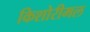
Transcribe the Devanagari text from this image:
किशोरीमल